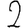
Digit: 2